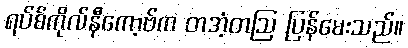
ရပ်စ်ကိုလ်နီကော့ဗ်က တအံ့တဩ ပြန်မေးသည်။